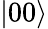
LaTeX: |00\rangle